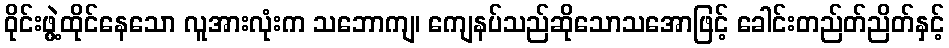
ဝိုင်းဖွဲ့ထိုင်နေသော လူအားလုံးက သဘောကျ၊ ကျေနပ်သည်ဆိုသောသအောဖြင့် ခေါင်းတည်တ်ညိတ်နှင့်